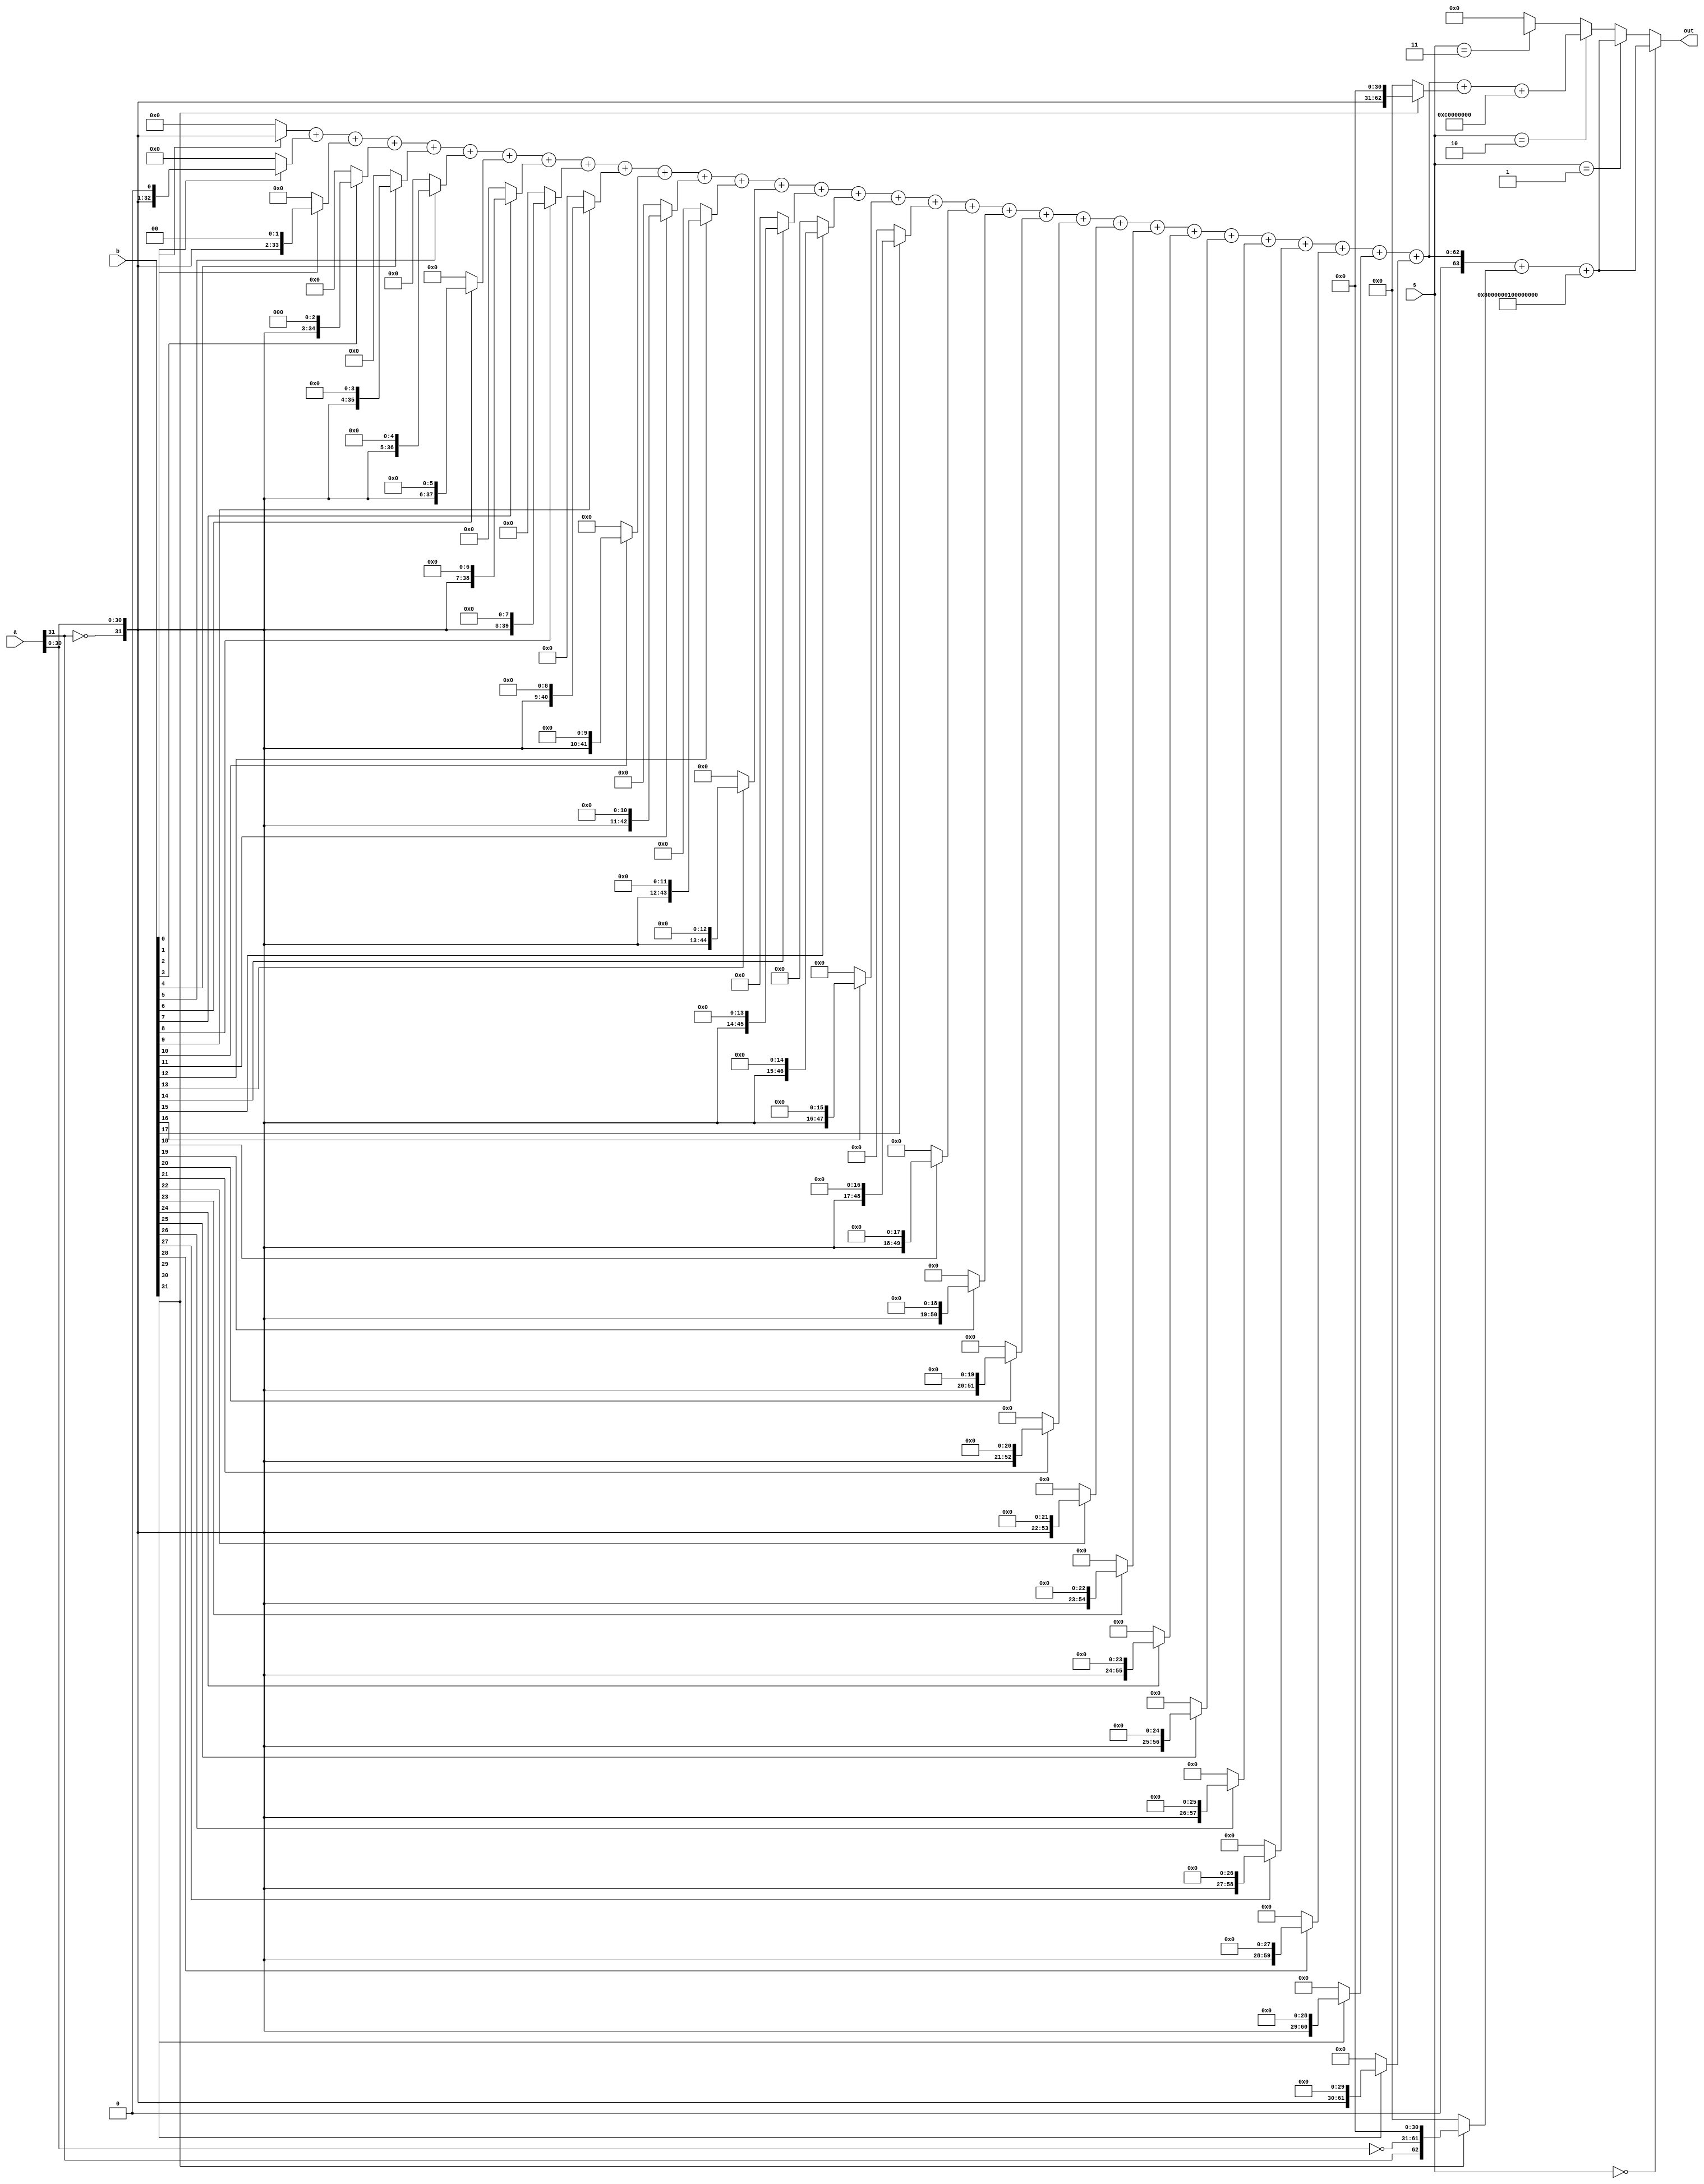
module mul (
	input	[1:0]	s,
	input	[31:0]	a,
	input	[31:0]	b,
	output	[63:0]	out
);
	wire	[63:0]	ssout, susout, usout;
	assign	out	=	(s == 2'b00)	?	ssout	:
					(s == 2'b01)	?	ssout	:
					(s == 2'b10)	?	susout	:
					(s == 2'b11)	?	usout	:
										64'h0	;

	// signed * signed
	wire	[63:0]	ss00	=	(b[ 0]) ? ({~a[31], a[30:0]} <<  0) : 64'h0;
	wire	[63:0]	ss01	=	(b[ 1]) ? ({~a[31], a[30:0]} <<  1) : 64'h0;
	wire	[63:0]	ss02	=	(b[ 2]) ? ({~a[31], a[30:0]} <<  2) : 64'h0;
	wire	[63:0]	ss03	=	(b[ 3]) ? ({~a[31], a[30:0]} <<  3) : 64'h0;
	wire	[63:0]	ss04	=	(b[ 4]) ? ({~a[31], a[30:0]} <<  4) : 64'h0;
	wire	[63:0]	ss05	=	(b[ 5]) ? ({~a[31], a[30:0]} <<  5) : 64'h0;
	wire	[63:0]	ss06	=	(b[ 6]) ? ({~a[31], a[30:0]} <<  6) : 64'h0;
	wire	[63:0]	ss07	=	(b[ 7]) ? ({~a[31], a[30:0]} <<  7) : 64'h0;
	wire	[63:0]	ss08	=	(b[ 8]) ? ({~a[31], a[30:0]} <<  8) : 64'h0;
	wire	[63:0]	ss09	=	(b[ 9]) ? ({~a[31], a[30:0]} <<  9) : 64'h0;
	wire	[63:0]	ss10	=	(b[10]) ? ({~a[31], a[30:0]} << 10) : 64'h0;
	wire	[63:0]	ss11	=	(b[11]) ? ({~a[31], a[30:0]} << 11) : 64'h0;
	wire	[63:0]	ss12	=	(b[12]) ? ({~a[31], a[30:0]} << 12) : 64'h0;
	wire	[63:0]	ss13	=	(b[13]) ? ({~a[31], a[30:0]} << 13) : 64'h0;
	wire	[63:0]	ss14	=	(b[14]) ? ({~a[31], a[30:0]} << 14) : 64'h0;
	wire	[63:0]	ss15	=	(b[15]) ? ({~a[31], a[30:0]} << 15) : 64'h0;
	wire	[63:0]	ss16	=	(b[16]) ? ({~a[31], a[30:0]} << 16) : 64'h0;
	wire	[63:0]	ss17	=	(b[17]) ? ({~a[31], a[30:0]} << 17) : 64'h0;
	wire	[63:0]	ss18	=	(b[18]) ? ({~a[31], a[30:0]} << 18) : 64'h0;
	wire	[63:0]	ss19	=	(b[19]) ? ({~a[31], a[30:0]} << 19) : 64'h0;
	wire	[63:0]	ss20	=	(b[20]) ? ({~a[31], a[30:0]} << 20) : 64'h0;
	wire	[63:0]	ss21	=	(b[21]) ? ({~a[31], a[30:0]} << 21) : 64'h0;
	wire	[63:0]	ss22	=	(b[22]) ? ({~a[31], a[30:0]} << 22) : 64'h0;
	wire	[63:0]	ss23	=	(b[23]) ? ({~a[31], a[30:0]} << 23) : 64'h0;
	wire	[63:0]	ss24	=	(b[24]) ? ({~a[31], a[30:0]} << 24) : 64'h0;
	wire	[63:0]	ss25	=	(b[25]) ? ({~a[31], a[30:0]} << 25) : 64'h0;
	wire	[63:0]	ss26	=	(b[26]) ? ({~a[31], a[30:0]} << 26) : 64'h0;
	wire	[63:0]	ss27	=	(b[27]) ? ({~a[31], a[30:0]} << 27) : 64'h0;
	wire	[63:0]	ss28	=	(b[28]) ? ({~a[31], a[30:0]} << 28) : 64'h0;
	wire	[63:0]	ss29	=	(b[29]) ? ({~a[31], a[30:0]} << 29) : 64'h0;
	wire	[63:0]	ss30	=	(b[30]) ? ({~a[31], a[30:0]} << 30) : 64'h0;
	wire	[63:0]	ss31	=	(b[31]) ? ({ a[31],~a[30:0]} << 31) : 64'h0;

	assign	ssout	=	ss00 + ss01 + ss02 + ss03 + ss04 + ss05 + ss06 + ss07 + ss08 + ss09 + ss10 + ss11 + ss12 + ss13 + ss14 + ss15 + ss16 + ss17 + ss18 + ss19 + ss20 + ss21 + ss22 + ss23 + ss24 + ss25 + ss26 + ss27 + ss28 + ss29 + ss30 + ss31 + 64'h8000000100000000;

	// signed * unsigned
	wire	[63:0]	sus00	=	(b[ 0]) ? ({~a[31], a[30:0]} <<  0) : 64'h0;
	wire	[63:0]	sus01	=	(b[ 1]) ? ({~a[31], a[30:0]} <<  1) : 64'h0;
	wire	[63:0]	sus02	=	(b[ 2]) ? ({~a[31], a[30:0]} <<  2) : 64'h0;
	wire	[63:0]	sus03	=	(b[ 3]) ? ({~a[31], a[30:0]} <<  3) : 64'h0;
	wire	[63:0]	sus04	=	(b[ 4]) ? ({~a[31], a[30:0]} <<  4) : 64'h0;
	wire	[63:0]	sus05	=	(b[ 5]) ? ({~a[31], a[30:0]} <<  5) : 64'h0;
	wire	[63:0]	sus06	=	(b[ 6]) ? ({~a[31], a[30:0]} <<  6) : 64'h0;
	wire	[63:0]	sus07	=	(b[ 7]) ? ({~a[31], a[30:0]} <<  7) : 64'h0;
	wire	[63:0]	sus08	=	(b[ 8]) ? ({~a[31], a[30:0]} <<  8) : 64'h0;
	wire	[63:0]	sus09	=	(b[ 9]) ? ({~a[31], a[30:0]} <<  9) : 64'h0;
	wire	[63:0]	sus10	=	(b[10]) ? ({~a[31], a[30:0]} << 10) : 64'h0;
	wire	[63:0]	sus11	=	(b[11]) ? ({~a[31], a[30:0]} << 11) : 64'h0;
	wire	[63:0]	sus12	=	(b[12]) ? ({~a[31], a[30:0]} << 12) : 64'h0;
	wire	[63:0]	sus13	=	(b[13]) ? ({~a[31], a[30:0]} << 13) : 64'h0;
	wire	[63:0]	sus14	=	(b[14]) ? ({~a[31], a[30:0]} << 14) : 64'h0;
	wire	[63:0]	sus15	=	(b[15]) ? ({~a[31], a[30:0]} << 15) : 64'h0;
	wire	[63:0]	sus16	=	(b[16]) ? ({~a[31], a[30:0]} << 16) : 64'h0;
	wire	[63:0]	sus17	=	(b[17]) ? ({~a[31], a[30:0]} << 17) : 64'h0;
	wire	[63:0]	sus18	=	(b[18]) ? ({~a[31], a[30:0]} << 18) : 64'h0;
	wire	[63:0]	sus19	=	(b[19]) ? ({~a[31], a[30:0]} << 19) : 64'h0;
	wire	[63:0]	sus20	=	(b[20]) ? ({~a[31], a[30:0]} << 20) : 64'h0;
	wire	[63:0]	sus21	=	(b[21]) ? ({~a[31], a[30:0]} << 21) : 64'h0;
	wire	[63:0]	sus22	=	(b[22]) ? ({~a[31], a[30:0]} << 22) : 64'h0;
	wire	[63:0]	sus23	=	(b[23]) ? ({~a[31], a[30:0]} << 23) : 64'h0;
	wire	[63:0]	sus24	=	(b[24]) ? ({~a[31], a[30:0]} << 24) : 64'h0;
	wire	[63:0]	sus25	=	(b[25]) ? ({~a[31], a[30:0]} << 25) : 64'h0;
	wire	[63:0]	sus26	=	(b[26]) ? ({~a[31], a[30:0]} << 26) : 64'h0;
	wire	[63:0]	sus27	=	(b[27]) ? ({~a[31], a[30:0]} << 27) : 64'h0;
	wire	[63:0]	sus28	=	(b[28]) ? ({~a[31], a[30:0]} << 28) : 64'h0;
	wire	[63:0]	sus29	=	(b[29]) ? ({~a[31], a[30:0]} << 29) : 64'h0;
	wire	[63:0]	sus30	=	(b[30]) ? ({~a[31], a[30:0]} << 30) : 64'h0;
	wire	[63:0]	sus31	=	(b[31]) ? ({~a[31], a[30:0]} << 31) : 64'h0;

	assign	susout	=	sus00 + sus01 + sus02 + sus03 + sus04 + sus05 + sus06 + sus07 + sus08 + sus09 + sus10 + sus11 + sus12 + sus13 + sus14 + sus15 + sus16 + sus17 + sus18 + sus19 + sus20 + sus21 + sus22 + sus23 + sus24 + sus25 + sus26 + sus27 + sus28 + sus29 + sus30 + sus31 + 64'hC0000000;

	// unsigned * unsigned
	wire	[63:0]	us00	=	(b[ 0]) ? (a <<  0) : 64'h0;
	wire	[63:0]	us01	=	(b[ 1]) ? (a <<  1) : 64'h0;
	wire	[63:0]	us02	=	(b[ 2]) ? (a <<  2) : 64'h0;
	wire	[63:0]	us03	=	(b[ 3]) ? (a <<  3) : 64'h0;
	wire	[63:0]	us04	=	(b[ 4]) ? (a <<  4) : 64'h0;
	wire	[63:0]	us05	=	(b[ 5]) ? (a <<  5) : 64'h0;
	wire	[63:0]	us06	=	(b[ 6]) ? (a <<  6) : 64'h0;
	wire	[63:0]	us07	=	(b[ 7]) ? (a <<  7) : 64'h0;
	wire	[63:0]	us08	=	(b[ 8]) ? (a <<  8) : 64'h0;
	wire	[63:0]	us09	=	(b[ 9]) ? (a <<  9) : 64'h0;
	wire	[63:0]	us10	=	(b[10]) ? (a << 10) : 64'h0;
	wire	[63:0]	us11	=	(b[11]) ? (a << 11) : 64'h0;
	wire	[63:0]	us12	=	(b[12]) ? (a << 12) : 64'h0;
	wire	[63:0]	us13	=	(b[13]) ? (a << 13) : 64'h0;
	wire	[63:0]	us14	=	(b[14]) ? (a << 14) : 64'h0;
	wire	[63:0]	us15	=	(b[15]) ? (a << 15) : 64'h0;
	wire	[63:0]	us16	=	(b[16]) ? (a << 16) : 64'h0;
	wire	[63:0]	us17	=	(b[17]) ? (a << 17) : 64'h0;
	wire	[63:0]	us18	=	(b[18]) ? (a << 18) : 64'h0;
	wire	[63:0]	us19	=	(b[19]) ? (a << 19) : 64'h0;
	wire	[63:0]	us20	=	(b[20]) ? (a << 20) : 64'h0;
	wire	[63:0]	us21	=	(b[21]) ? (a << 21) : 64'h0;
	wire	[63:0]	us22	=	(b[22]) ? (a << 22) : 64'h0;
	wire	[63:0]	us23	=	(b[23]) ? (a << 23) : 64'h0;
	wire	[63:0]	us24	=	(b[24]) ? (a << 24) : 64'h0;
	wire	[63:0]	us25	=	(b[25]) ? (a << 25) : 64'h0;
	wire	[63:0]	us26	=	(b[26]) ? (a << 26) : 64'h0;
	wire	[63:0]	us27	=	(b[27]) ? (a << 27) : 64'h0;
	wire	[63:0]	us28	=	(b[28]) ? (a << 28) : 64'h0;
	wire	[63:0]	us29	=	(b[29]) ? (a << 29) : 64'h0;
	wire	[63:0]	us30	=	(b[30]) ? (a << 30) : 64'h0;
	wire	[63:0]	us31	=	(b[31]) ? (a << 31) : 64'h0;

	assign	uuout	=	us00 + us01 + us02 + us03 + us04 + us05 + us06 + us07 + us08 + us09 + us10 + us11 + us12 + us13 + us14 + us15 + us16 + us17 + us18 + us19 + us20 + us21 + us22 + us23 + us24 + us25 + us26 + us27 + us28 + us29 + us30 + us31;
	
endmodule

module malu #(
	parameter 	W	=	0
)(
	input	[31:0]	i_dataa,
	input	[31:0]	i_datab,
	input	[3:0]	i_ctrl,

	output	[31:0]	o_result
);
	parameter	MUL		=	4'b0000,
				MULH	= 	4'b0001,
				MULHSU	=	4'b0010,
				MULHU	=	4'b0011,
				DIV		=	4'b0100,
				DIVU	=	4'b0101,
				REM		=	4'b0110,
				REMU	=	4'b1011;

	reg	[32:0]	r_result;

	generate
		if (W == 1) begin
			wire	[63:0]	w_mul_result;
			mul mul (
				.s	(i_ctrl),
				.a	(i_dataa),
				.b	(i_datab),
				.out(w_mul_result)
			);

			always @(*) begin
				case (i_ctrl)
					MUL		:	r_result	<= w_mul_result[31:0];
					MULH	:	r_result	<= w_mul_result[63:32];
					MULHSU	:	r_result	<= w_mul_result[63:32];
					MULHU	:	r_result	<= w_mul_result[63:32];
					DIV		:	r_result	<= $signed(i_dataa) / $signed(i_datab);
					DIVU	:	r_result	<= i_dataa / i_datab;
					REM		:	r_result	<= $signed(i_dataa) % $signed(i_datab);
					REMU	:	r_result	<= i_dataa % i_datab;
					default	:	r_result	<=	0;
				endcase	
			end
		end else begin
			always @(*) begin
				case (i_ctrl)
					MUL		:	r_result	<= ($signed(i_dataa) * $signed(i_datab));
					MULH	:	r_result	<= ($signed(i_dataa) * $signed(i_datab)) >> 32;
					MULHSU	:	r_result	<= ($signed(i_dataa) * i_datab) >> 32;
					MULHU	:	r_result	<= (i_dataa * i_datab) >> 32;
					DIV		:	r_result	<= $signed(i_dataa) / $signed(i_datab);
					DIVU	:	r_result	<= i_dataa / i_datab;
					REM		:	r_result	<= $signed(i_dataa) % $signed(i_datab);
					REMU	:	r_result	<= i_dataa % i_datab;
					default	:	r_result	<=	0;
				endcase	
			end
		end
	endgenerate
	
	assign	o_result = r_result;
endmodule